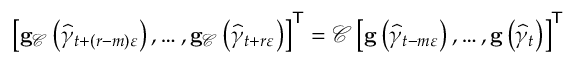
\left[ \mathbf { g } _ { \mathcal { C } } \left( \widehat { \gamma } _ { t + \left( r - m \right) \varepsilon } \right) , \ldots , \mathbf { g } _ { \mathcal { C } } \left( \widehat { \gamma } _ { t + r \varepsilon } \right) \right] ^ { \mathsf { T } } = \mathcal { C } \left[ \mathbf { g } \left( \widehat { \gamma } _ { t - m \varepsilon } \right) , \ldots , \mathbf { g } \left( \widehat { \gamma } _ { t } \right) \right] ^ { \mathsf { T } }